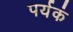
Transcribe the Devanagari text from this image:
पर्यकं